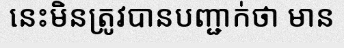
នេះមិនត្រូវបានបញ្ជាក់ថា មាន